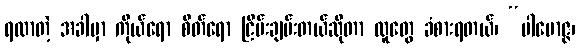
ရလာတဲ့ အခါမှာ ကိုယ်ရော စိတ်ရော ငြိမ်းချမ်းတယ်ဆိုတာ လူတွေ ခံစားရတယ်၊ “ပါမောဇ္ဇ၊